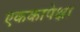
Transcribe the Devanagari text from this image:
एककापेक्षा